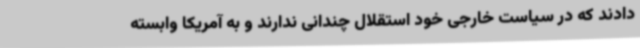
دادند که در سیاست خارجی خود استقلال چندانی ندارند و به آمریکا وابسته